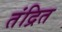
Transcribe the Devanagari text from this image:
तंद्रित